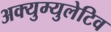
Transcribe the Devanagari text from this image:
अक्युम्युलेटिव